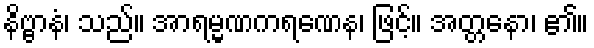
နိဗ္ဗာနံ၊ သည်။ အာရမ္မဏကရဏေန၊ ဖြင့်။ အတ္တနော၊ ၏။